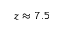
z \approx 7 . 5